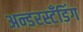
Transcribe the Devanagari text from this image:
अन्डरस्टँडिंग